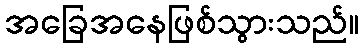
အခြေအနေဖြစ်သွားသည်။